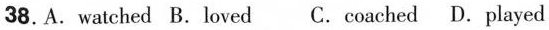
38. A. watched B. loved C. coached D. played